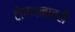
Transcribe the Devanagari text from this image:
टोपणनावही